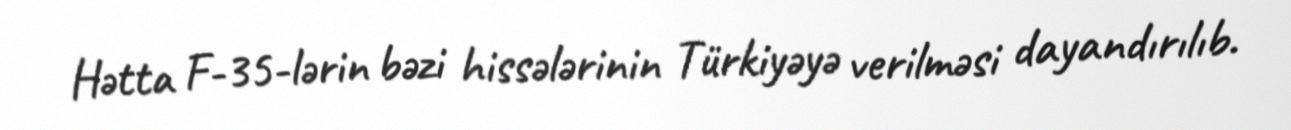
Hətta F-35-lərin bəzi hissələrinin Türkiyəyə verilməsi dayandırılıb.